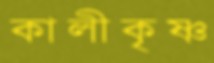
কালীকৃষ্ণ